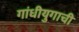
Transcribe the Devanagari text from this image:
गांधीयुगाची